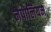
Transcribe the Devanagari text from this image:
नैपोलियम